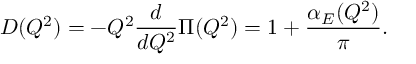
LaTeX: D ( Q ^ { 2 } ) = - Q ^ { 2 } \frac { d } { d Q ^ { 2 } } \Pi ( Q ^ { 2 } ) = 1 + \frac { \alpha _ { E } ( Q ^ { 2 } ) } \pi .